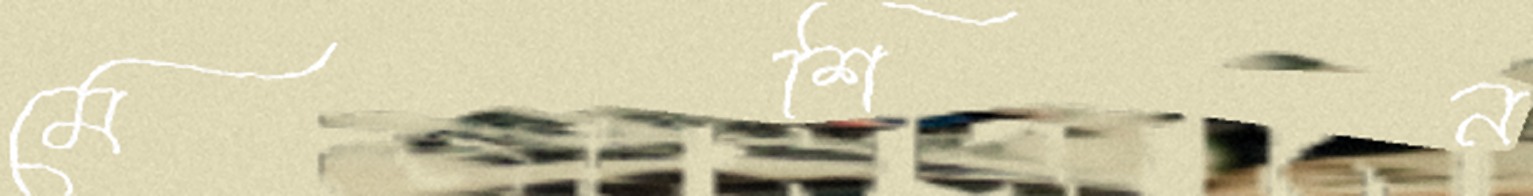
মেশিন